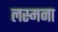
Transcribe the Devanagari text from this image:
लस्मना